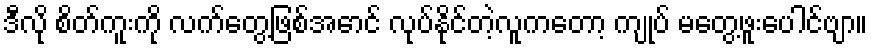
ဒီလို စိတ်ကူးကို လက်တွေ့ဖြစ်အောင် လုပ်နိုင်တဲ့လူကတော့ ကျုပ် မတွေ့ဖူးပေါင်ဗျာ။